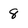
Character: 8